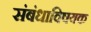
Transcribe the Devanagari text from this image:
संबंधाविषयक